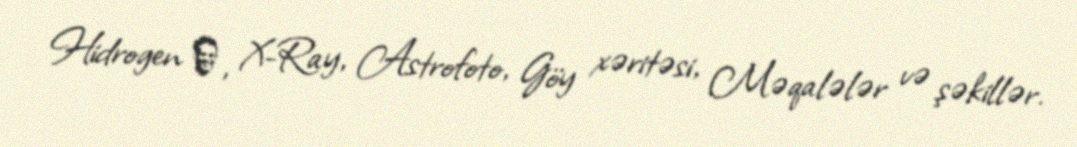
Hidrogen α, X-Ray, Astrofoto, Göy xəritəsi, Məqalələr və şəkillər.